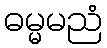
ဓမ္မမညံ